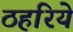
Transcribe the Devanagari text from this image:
ठहरिये